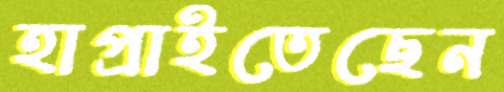
হাপ্‌রাইতেছেন